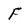
Character: F